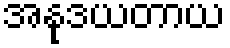
အနုဒယတာယ